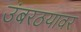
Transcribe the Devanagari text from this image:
उंबरठयावर